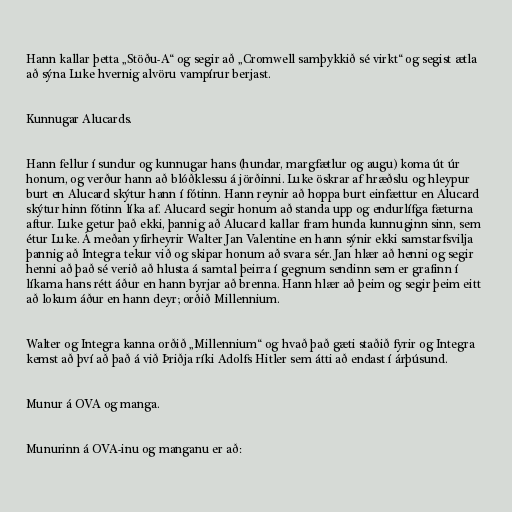
Hann kallar þetta „Stöðu-A“ og segir að „Cromwell samþykkið sé virkt“ og segist ætla
að sýna Luke hvernig alvöru vampírur berjast.

Kunnugar Alucards.

Hann fellur í sundur og kunnugar hans (hundar, margfætlur og augu) koma út úr
honum, og verður hann að blóðklessu á jörðinni. Luke öskrar af hræðslu og hleypur
burt en Alucard skýtur hann í fótinn. Hann reynir að hoppa burt einfættur en Alucard
skýtur hinn fótinn líka af. Alucard segir honum að standa upp og endurlífga fæturna
aftur. Luke getur það ekki, þannig að Alucard kallar fram hunda kunnuginn sinn, sem
étur Luke. Á meðan yfirheyrir Walter Jan Valentine en hann sýnir ekki samstarfsvilja
þannig að Integra tekur við og skipar honum að svara sér. Jan hlær að henni og segir
henni að það sé verið að hlusta á samtal þeirra í gegnum sendinn sem er grafinn í
líkama hans rétt áður en hann byrjar að brenna. Hann hlær að þeim og segir þeim eitt
að lokum áður en hann deyr; orðið Millennium.

Walter og Integra kanna orðið „Millennium“ og hvað það gæti staðið fyrir og Integra
kemst að því að það á við Þriðja ríki Adolfs Hitler sem átti að endast í árþúsund.

Munur á OVA og manga.

Munurinn á OVA-inu og manganu er að: